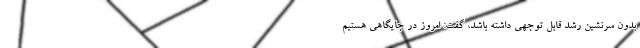
بدون سرنشین رشد قابل توجهی داشته باشد، گفت: امروز در جایگاهی هستیم